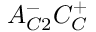
A _ { C 2 } ^ { - } C _ { C } ^ { + }